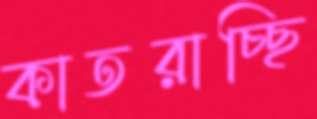
কাতরাচ্ছি